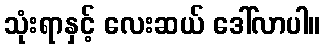
သုံးရာနှင့် လေးဆယ် ဒေါ်လာပါ။